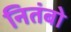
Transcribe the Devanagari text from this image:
नितंबो